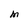
Character: M